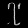
Digit: ၇